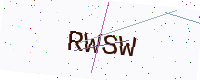
Text: RWSW